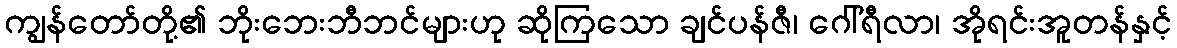
ကျွန်တော်တို့၏ ဘိုးဘေးဘီဘင်များဟု ဆိုကြသော ချင်ပန်ဇီ၊ ဂေါ်ရီလာ၊ အိုရင်းအူတန်နှင့်